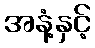
အနံ့နှင့်